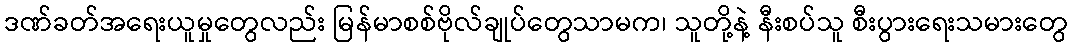
ဒဏ်ခတ်အရေးယူမှုတွေလည်း မြန်မာစစ်ဗိုလ်ချုပ်တွေသာမက၊ သူတို့နဲ့ နီးစပ်သူ စီးပွားရေးသမားတွေ